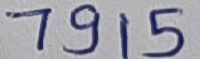
Text: 7915